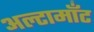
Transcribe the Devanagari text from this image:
अल्टामाँट